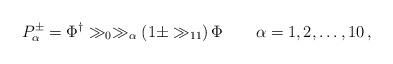
LaTeX: \begin{align*}P^\pm_\alpha = \Phi^\dagger \gg_0 \gg_\alpha \left( 1 \pm \gg_{11} \right) \Phi \qquad \alpha=1,2,\dots,10\,, \end{align*}